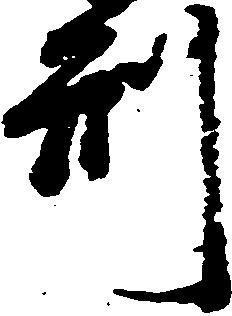
刑